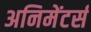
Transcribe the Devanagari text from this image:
अनिमेंटर्स